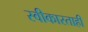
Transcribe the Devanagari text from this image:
स्वीकारताही